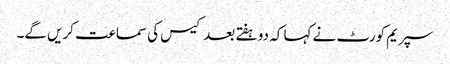
سپریم کورٹ نے کہا کہ دو ہفتے بعد کیس کی سماعت کریں گے۔